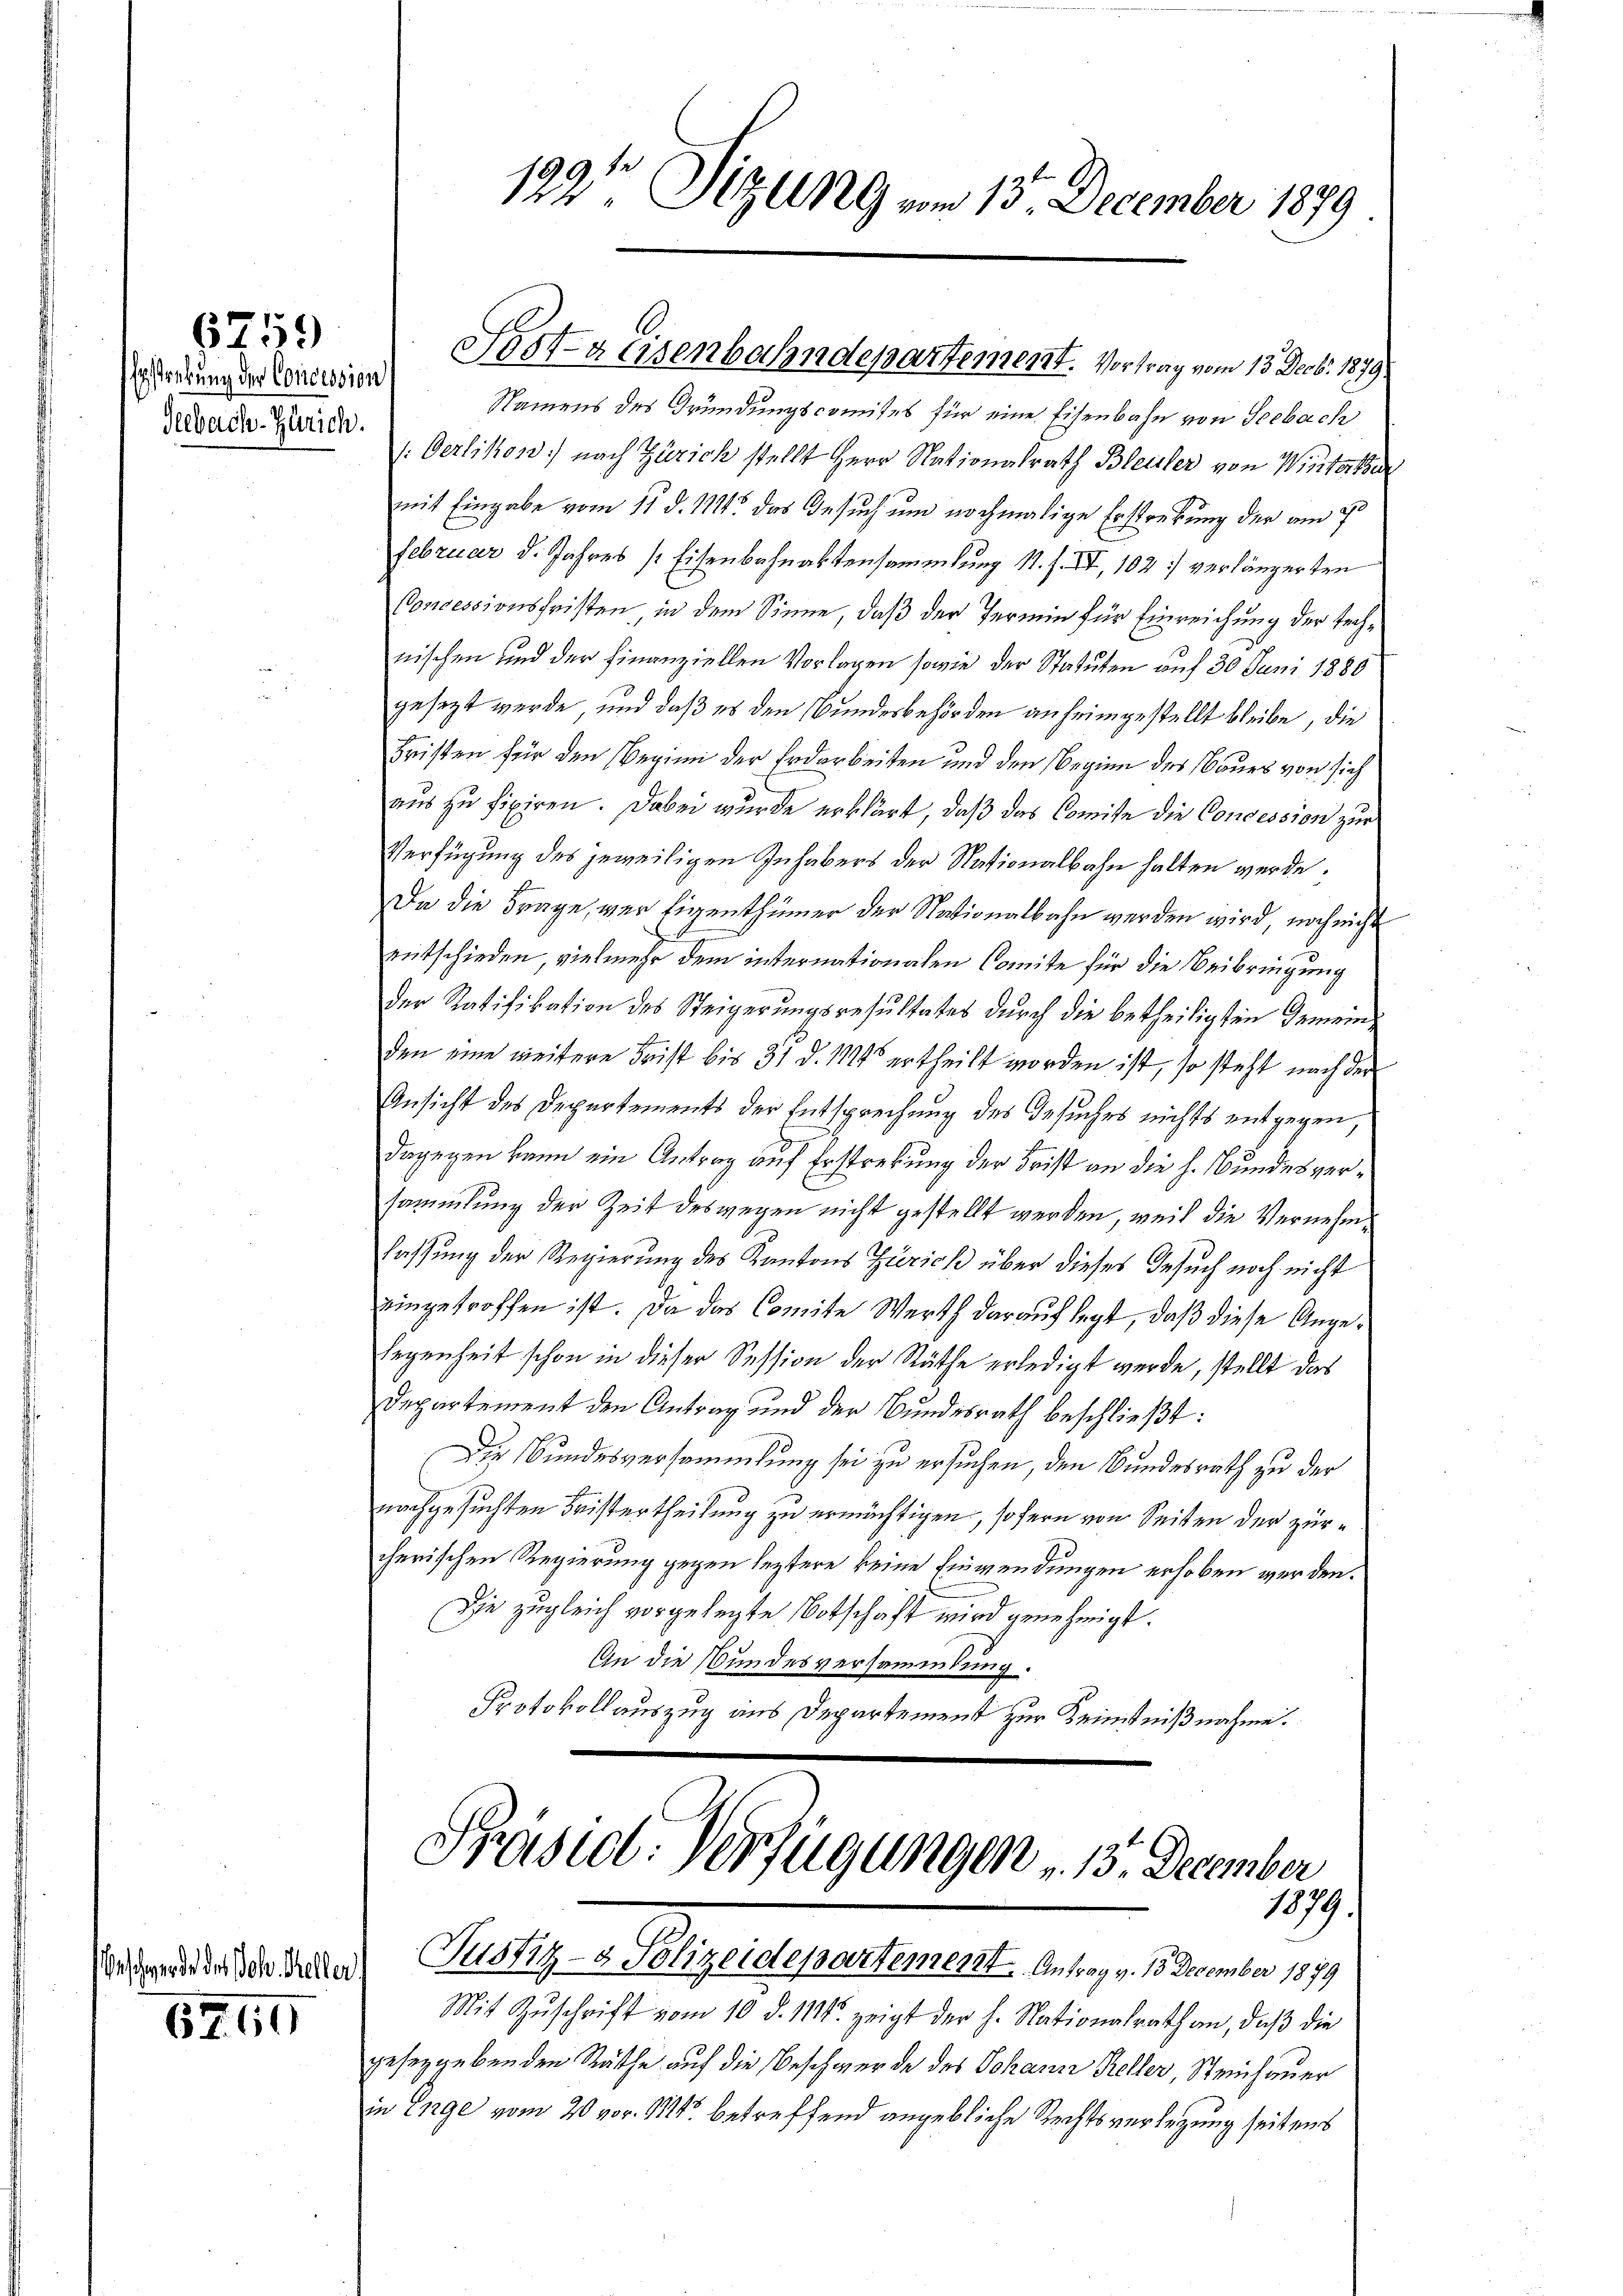
6759

Erstenkung der Concession
Seebach-Zürich.

Beschwerde des Joh. Keller

6250

Namens des Gründungscomites für eine Eisenbahn von Seebach
/: Oerlikon nach Zürich stellt Herr Nationalrath Bleuler von Winterthe
mit Eingabe vom 11. d. M. das Gesuch um nochmalige Erstrebung der am 20.
Februar d. Jahres Eisenbahnaktensammlung 11. f. IV, 102 verlängerten
Concessionsfristen in dem Sinne, daß der Termin für Einreichung der Technischen und der Finanziellen Vorlagen sowie der Statuten auf 30 Juni 1880
gesezt werde, und daß es den Bundesbehörden anheimgestellt bleibe, die
Fristen für den Beginn der Erdarbeiten und den Beginn des Baues von sich
aus zu fixiren. Dabei wurde erklärt, daß das Comite die Concession zur
Verfügung des jeweiligen Inhabers der Nationalbahn halten werde.
Da die Frage, wer Eigenthümer der Nationalbahn werden wird, noch nicht
entschieden, vielmehr dem internationalen Comite für die Beibringung
Der Ratifikation des Steigerungsresultates durch die betheiligten Gemeinden eine weitere Frist bis 31 d. 1844 ertheilt worden ist, so steht nach der
Ansicht des Departements der Entsprechung des Gesuches nichts entgegen,
dagegen kann ein Antrag auf Erstrebung der Frist an die h. Bundesversammlung der Zeit deswegen nicht gestellt werden, weil die Vernehm¬
Fassung der Regierung des Kantons Zürich über dieses Gesuch noch nicht
eingetroffen ist. Da das Comite Werth darauf legt, daß diese Angelegenheit schon in dieser Session der Räthe erledigt werde, stellt das
Departement den Antrag und der Bundesrath beschließt:
Die Bundesversammlung sei zu ersuchen, den Bundesrath zu der
nachgesuchten Fristertheilung zu ermächtigen, sofern von Seiten der zürcherischen Regierung gegen leztere keine Einwendungen erhoben werden.
Die zugleich vorgelegte Notschaft wird genehmigt.
An die Bundesversammlung.
Protokollauszug aus Departement zur Kenntnißnahme.

122t Sitzung vom 13. December 1879

Sostreisenbahndepartement. Vortrag vom 13. Decbr. 1879

Präsid. Verfügungen u. 13. December
1079.
Justiz- & Polizeidepartement. Antrag v. 15 December 1879

Mit Zŭschrift vom 10. d. 111. zeigt der h. Nationalrath an, daβ die
geseggebenden Räthe auf die Beschwerde des Johann Keller, Steinhauer
in Enge vom 20. vor. Mts. betreffend angebliche Rechtsverlegung seitens